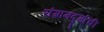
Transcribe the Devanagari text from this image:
संग्रामदुर्गाची